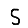
Digit: 5